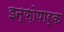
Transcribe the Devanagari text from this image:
इन्फ़ोपार्क